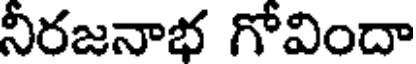
నీరజనాభ గోవిందా